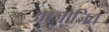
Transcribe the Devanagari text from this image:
आजोजित